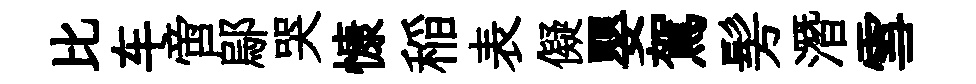
比车啻鄔哭慷稲表儗嬰駕髣潛雪